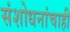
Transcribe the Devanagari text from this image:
संशोधनांचाही